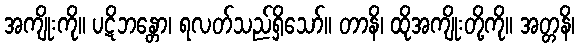
အကျိုးကို။ ပဋိဘန္တော၊ ရလတ်သည်ရှိသော်။ တာနိ၊ ထိုအကျိုးတို့ကို။ အတ္တနိ၊